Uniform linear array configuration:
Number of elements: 32
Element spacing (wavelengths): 0.5
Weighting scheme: hamming
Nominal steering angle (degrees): -30
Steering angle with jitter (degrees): -29.345
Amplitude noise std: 0.05
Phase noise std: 0.05

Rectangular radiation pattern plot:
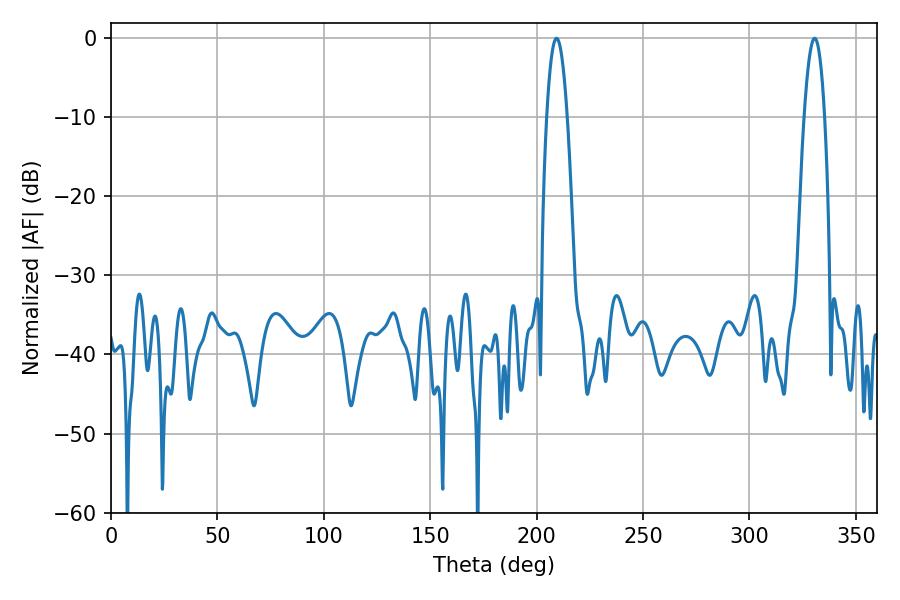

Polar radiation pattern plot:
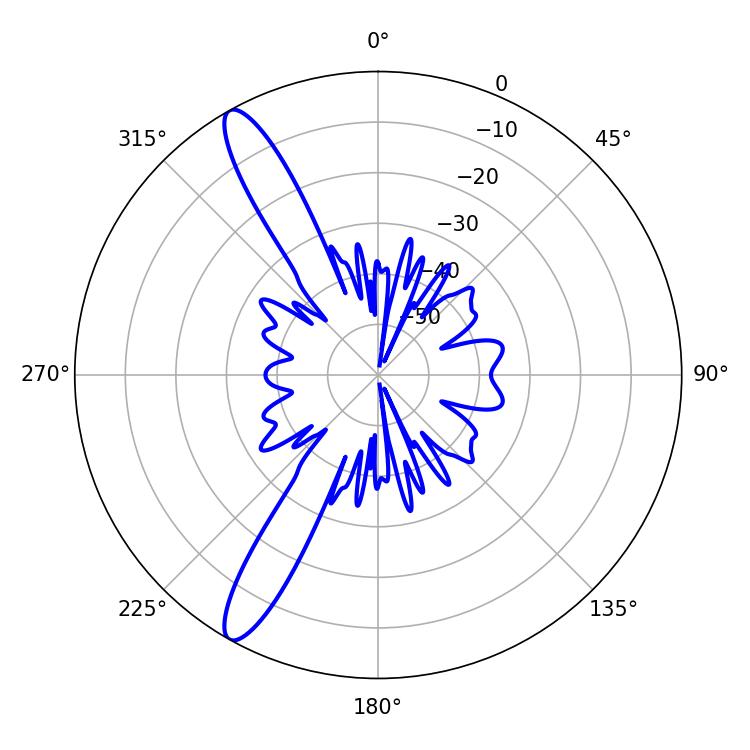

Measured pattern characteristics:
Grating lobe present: FALSE
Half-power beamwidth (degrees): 5.22
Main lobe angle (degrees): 330.66